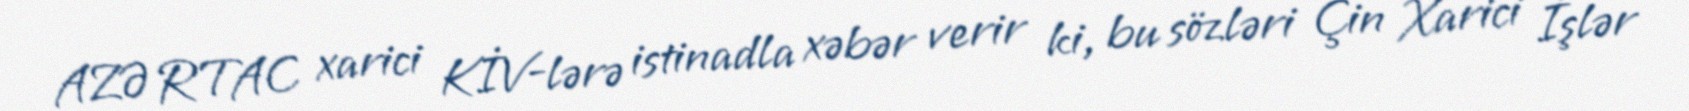
AZƏRTAC xarici KİV-lərə istinadla xəbər verir ki, bu sözləri Çin Xarici İşlər